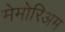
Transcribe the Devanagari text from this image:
मेमोरिअम